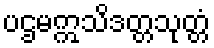
ပဌမဣသိဒတ္တသုတ္တံ